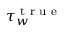
\tau _ { w } ^ { \textrm { t r u e } }